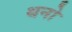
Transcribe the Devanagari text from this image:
थनो